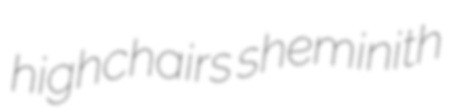
highchairs sheminith